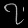
Digit: ၇